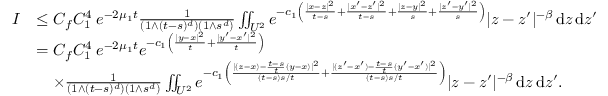
\begin{array} { r l } { I } & { \le C _ { f } C _ { 1 } ^ { 4 } \: e ^ { - 2 \mu _ { 1 } t } \frac { 1 } { ( 1 \wedge ( t - s ) ^ { d } ) ( 1 \wedge s ^ { d } ) } \iint _ { U ^ { 2 } } e ^ { - c _ { 1 } \left( \frac { | x - z | ^ { 2 } } { t - s } + \frac { | x ^ { \prime } - z ^ { \prime } | ^ { 2 } } { t - s } + \frac { | z - y | ^ { 2 } } { s } + \frac { | z ^ { \prime } - y ^ { \prime } | ^ { 2 } } { s } \right) } | z - z ^ { \prime } | ^ { - \beta } \, \ensuremath { \mathrm { d } } z \, \ensuremath { \mathrm { d } } z ^ { \prime } } \\ & { = C _ { f } C _ { 1 } ^ { 4 } \: e ^ { - 2 \mu _ { 1 } t } e ^ { - c _ { 1 } \left( \frac { | y - x | ^ { 2 } } { t } + \frac { | y ^ { \prime } - x ^ { \prime } | ^ { 2 } } { t } \right) } } \\ & { \quad \times \frac { 1 } { ( 1 \wedge ( t - s ) ^ { d } ) ( 1 \wedge s ^ { d } ) } \iint _ { U ^ { 2 } } e ^ { - c _ { 1 } \left( \frac { | ( z - x ) - \frac { t - s } { t } ( y - x ) | ^ { 2 } } { ( t - s ) s / t } + \frac { | ( z ^ { \prime } - x ^ { \prime } ) - \frac { t - s } { t } ( y ^ { \prime } - x ^ { \prime } ) | ^ { 2 } } { ( t - s ) s / t } \right) } | z - z ^ { \prime } | ^ { - \beta } \, \ensuremath { \mathrm { d } } z \, \ensuremath { \mathrm { d } } z ^ { \prime } . } \end{array}